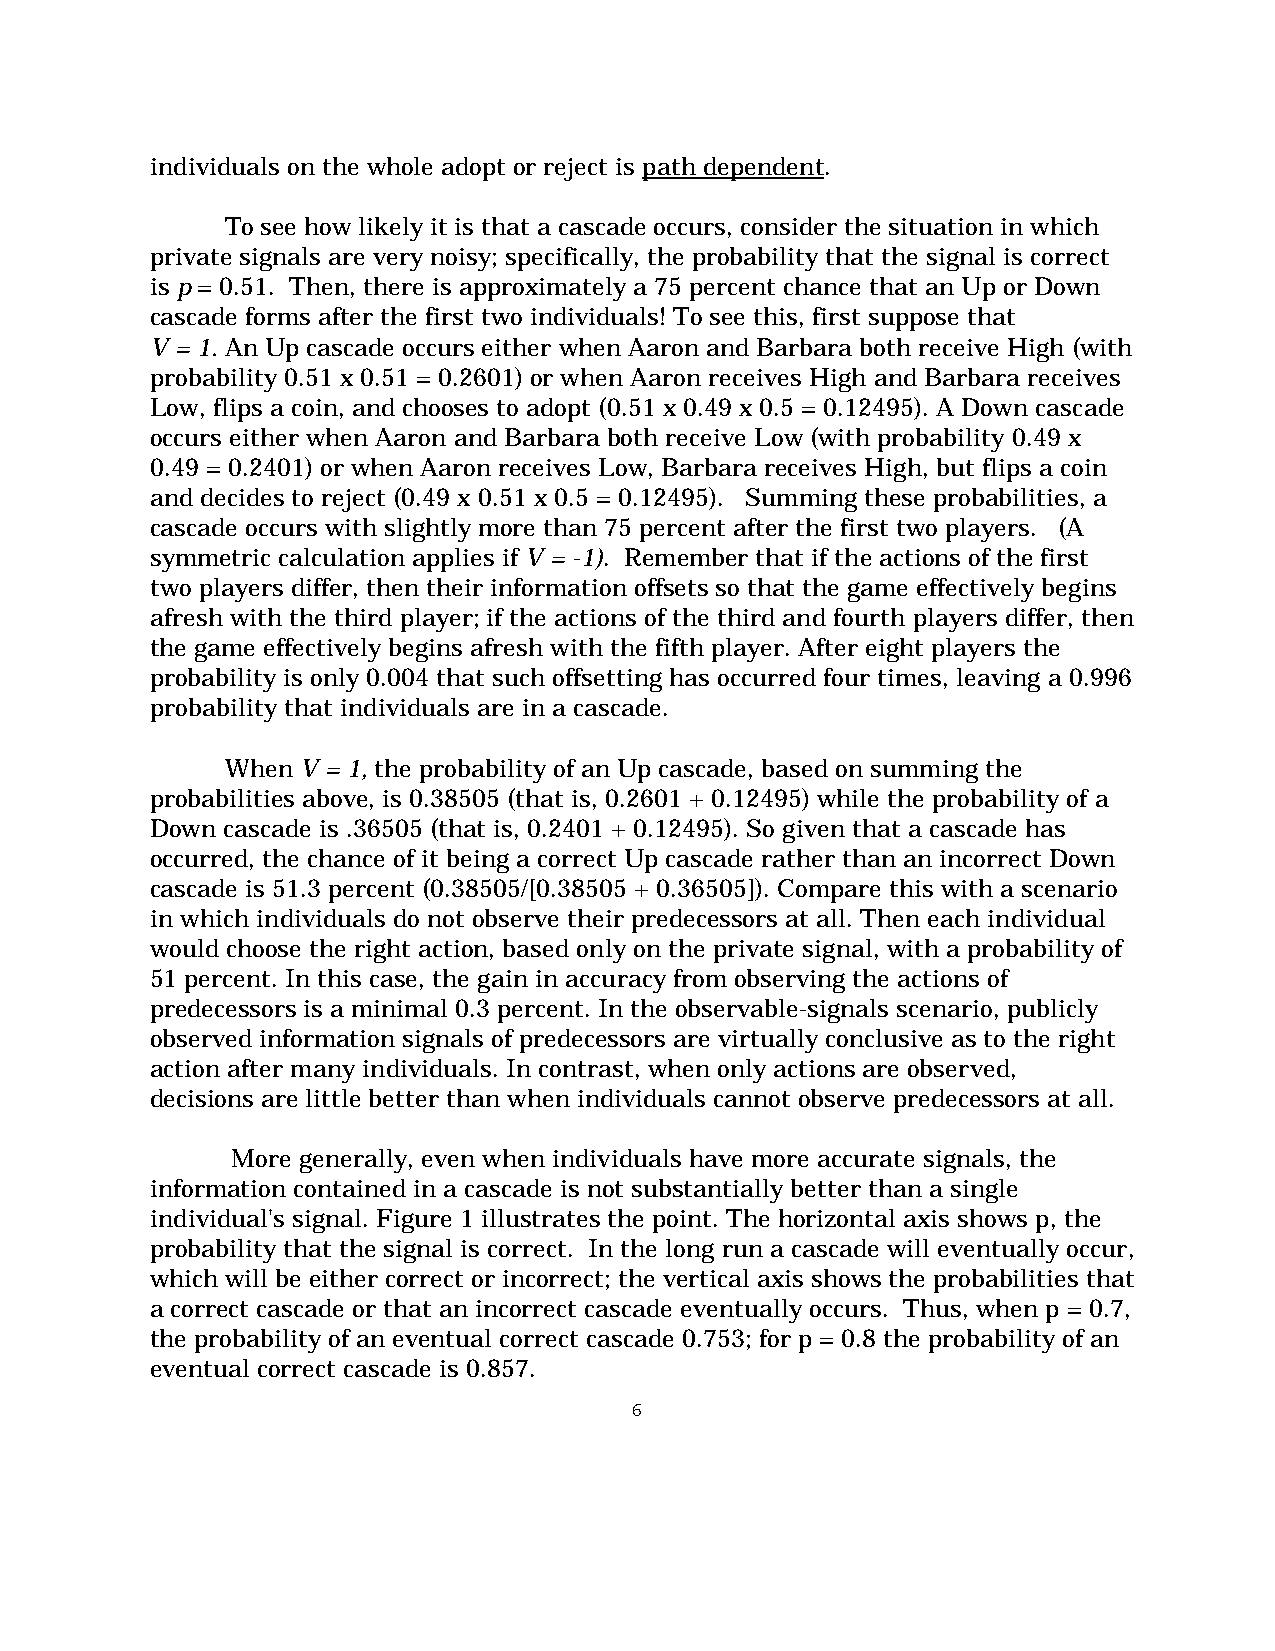
individuals on the whole adopt or reject is path dependent.
 To see how likely it is that a cascade occurs, consider the situation in which
 private signals are very noisy; specifically, the probability that the signal is correct
 is p = 0.51. Then, there is approximately a 75 percent chance that an Up or Down
 cascade forms after the first two individuals! To see this, first suppose that
 V = 1. An Up cascade occurs either when Aaron and Barbara both receive High (with
 probability 0.51 x 0.51 = 0.2601) or when Aaron receives High and Barbara receives
 Low, flips a coin, and chooses to adopt (0.51 x 0.49 x 0.5 = 0.12495). A Down cascade
 occurs either when Aaron and Barbara both receive Low (with probability 0.49 x
 0.49 = 0.2401) or when Aaron receives Low, Barbara receives High, but flips a coin
 and decides to reject (0.49 x 0.51 x 0.5 = 0.12495). Summing these probabilities, a
 cascade occurs with slightly more than 75 percent after the first two players. (A
 symmetric calculation applies if V = -1). Remember that if the actions of the first
 two players differ, then their information offsets so that the game effectively begins
 afresh with the third player; if the actions of the third and fourth players differ, then
 the game effectively begins afresh with the fifth player. After eight players the
 probability is only 0.004 that such offsetting has occurred four times, leaving a 0.996
 probability that individuals are in a cascade.
 When V = 1, the probability of an Up cascade, based on summing the
 probabilities above, is 0.38505 (that is, 0.2601 + 0.12495) while the probability of a
 Down cascade is .36505 (that is, 0.2401 + 0.12495). So given that a cascade has
 occurred, the chance of it being a correct Up cascade rather than an incorrect Down
 cascade is 51.3 percent (0.38505/[0.38505 + 0.36505]). Compare this with a scenario
 in which individuals do not observe their predecessors at all. Then each individual
 would choose the right action, based only on the private signal, with a probability of
 51 percent. In this case, the gain in accuracy from observing the actions of
 predecessors is a minimal 0.3 percent. In the observable-signals scenario, publicly
 observed information signals of predecessors are virtually conclusive as to the right
 action after many individuals. In contrast, when only actions are observed,
 decisions are little better than when individuals cannot observe predecessors at all.
 More generally, even when individuals have more accurate signals, the
 information contained in a cascade is not substantially better than a single
 individual's signal. Figure 1 illustrates the point. The horizontal axis shows p, the
 probability that the signal is correct. In the long run a cascade will eventually occur,
 which will be either correct or incorrect; the vertical axis shows the probabilities that
 a correct cascade or that an incorrect cascade eventually occurs. Thus, when p = 0.7,
 the probability of an eventual correct cascade 0.753; for p = 0.8 the probability of an
 eventual correct cascade is 0.857.
 6